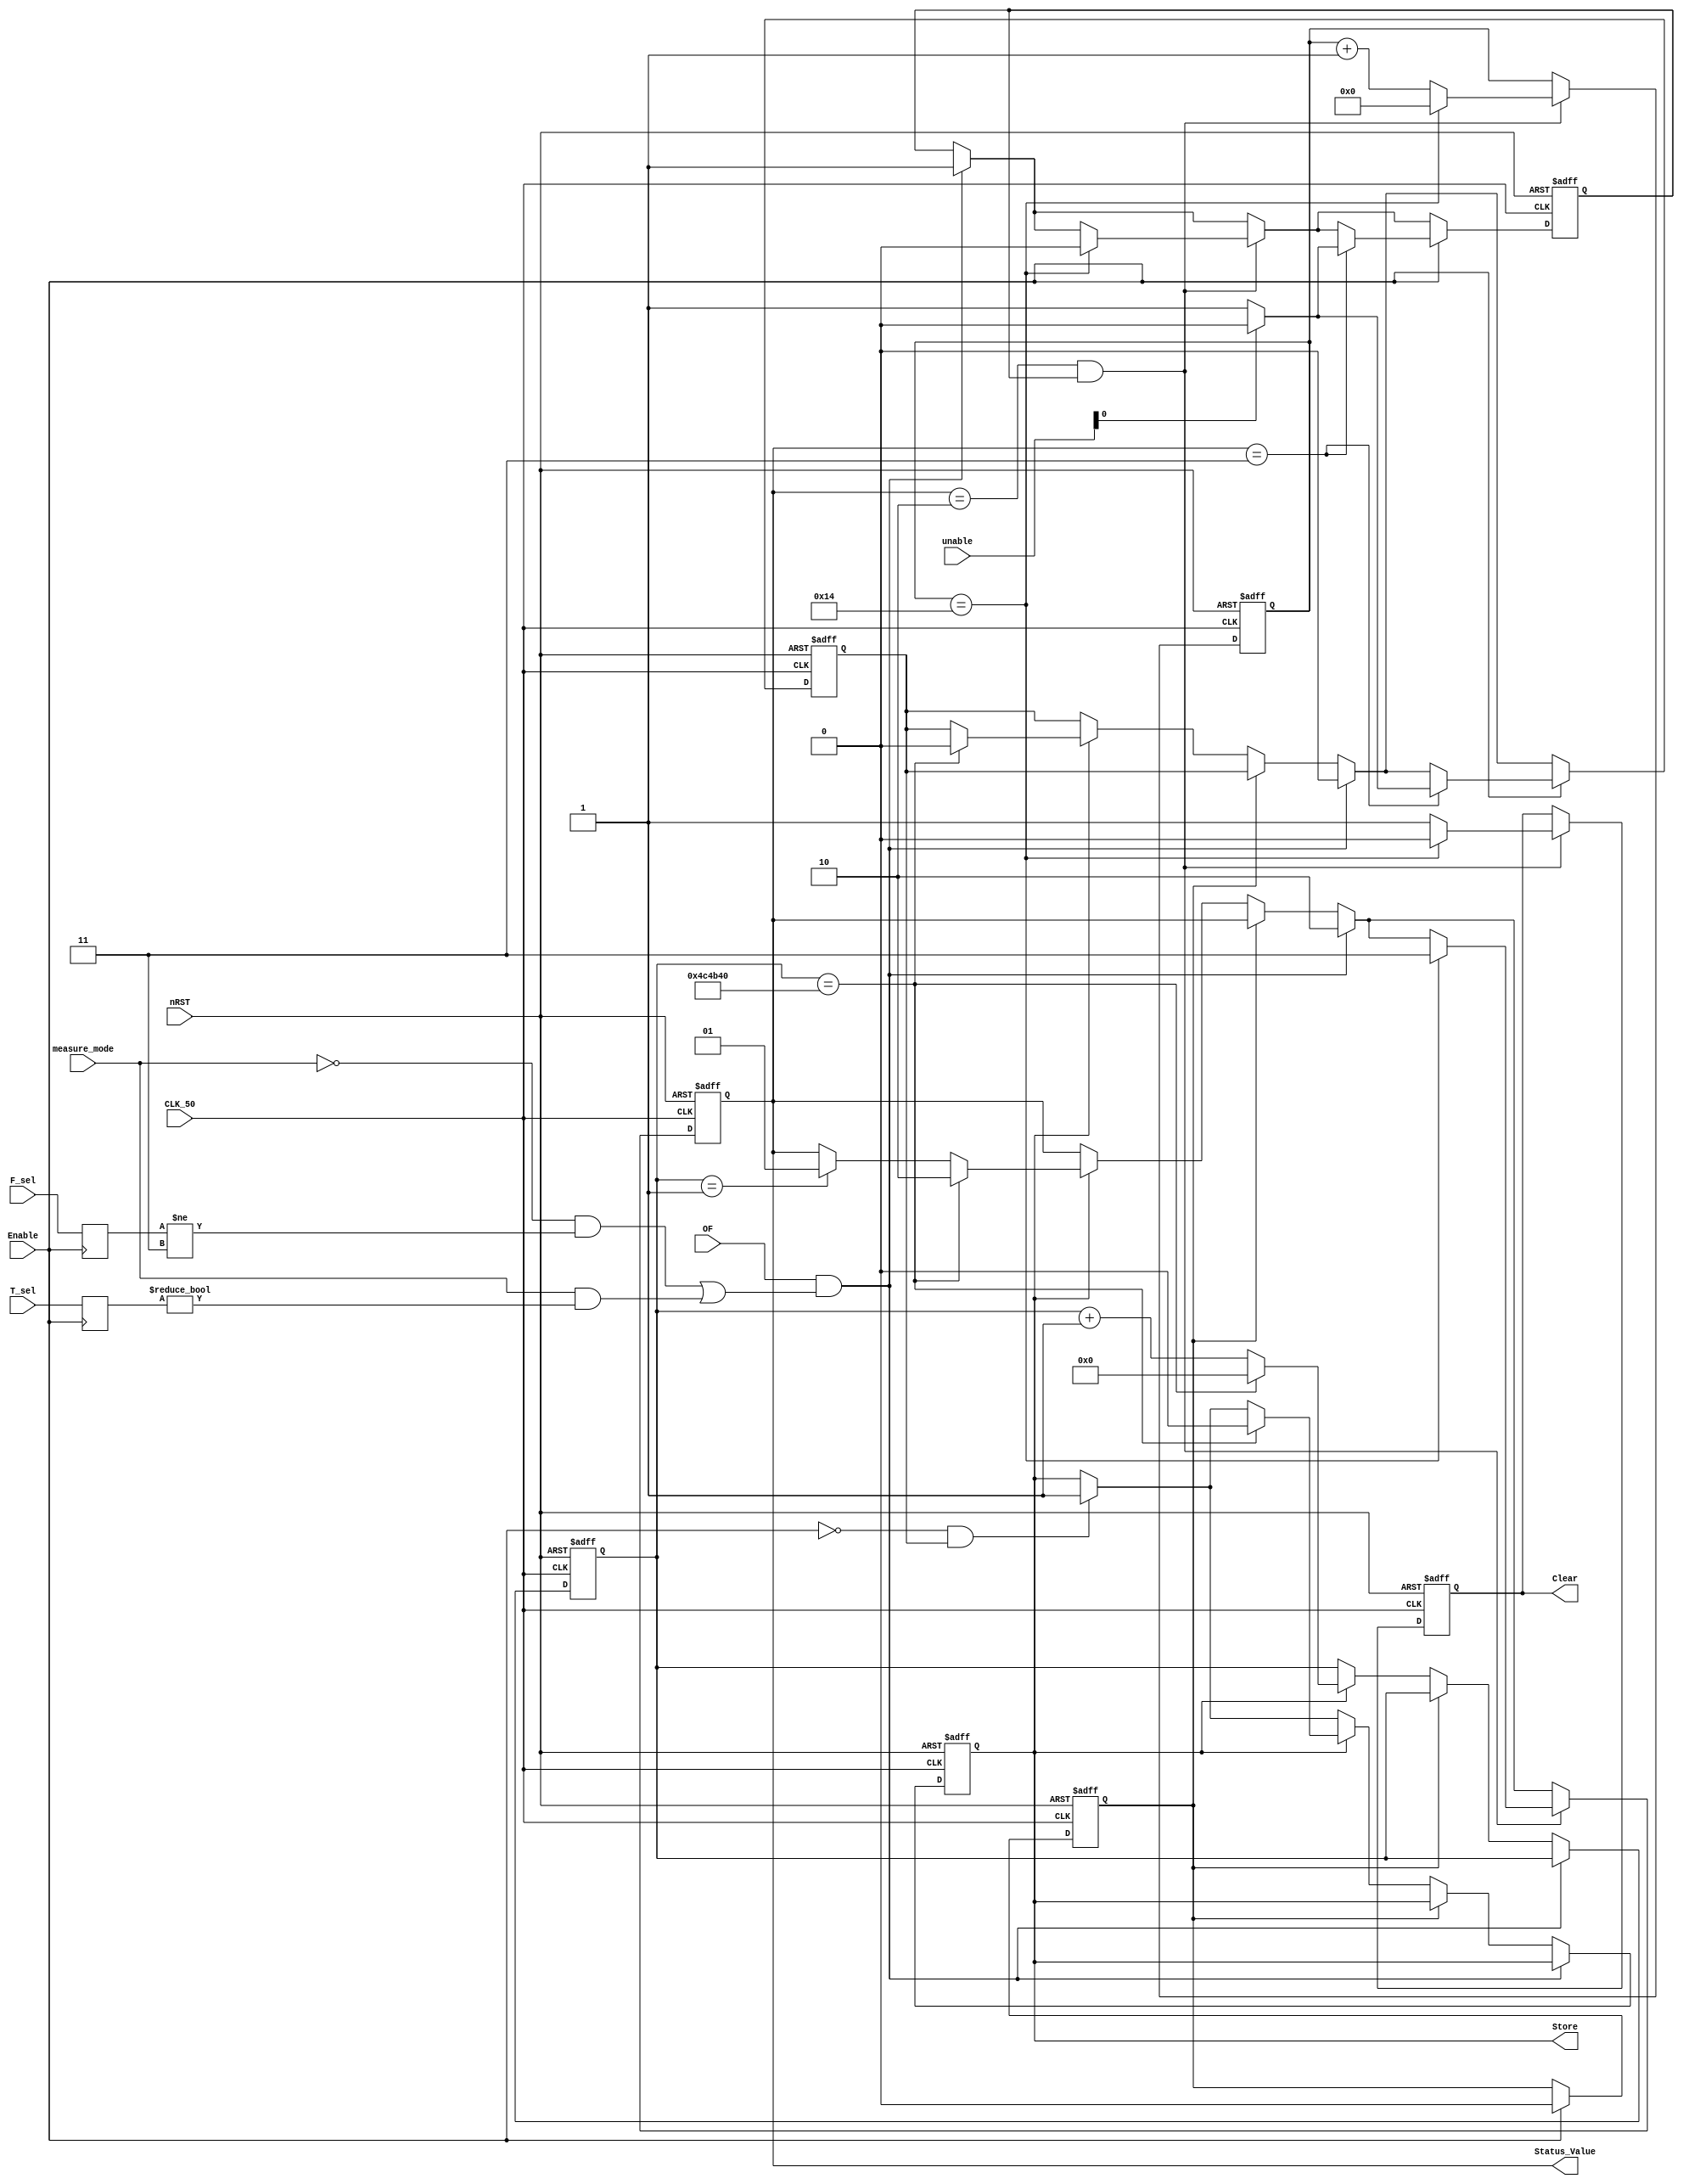
module Clear_Store(Store, Clear, Status_Value, measure_mode, Enable, OF, F_sel, T_sel, unable, nRST, CLK_50);
output reg 			Store, Clear;
//Status_Value = 1:Clear is allowed.
//Status_Value = 2:Counting is allowed.
output reg 	[1:0] 	Status_Value;
input 				measure_mode, Enable, OF, nRST, CLK_50;
input  		[1:0] 	F_sel, T_sel;
input		[4:0] 	unable;
//Clear times, used to control the width of Clear.
reg 		[7:0] 	Cltm;
//Store times, used to control the width of Store.
reg 		[23:0]	Sttm;
reg 		[1:0] 	F_sel_pre, T_sel_pre;
reg					allow_clear, allow_store;
//after nRST is active, overlook the Store and Clear for one time before Enable.
reg 				jump;
wire 				no_store;
assign no_store = OF && ((!measure_mode && F_sel_pre!=2'b11)||(measure_mode && T_sel_pre!=2'b00));

parameter store_width = 5000000;//100ms=5000000
always @(posedge Enable)
begin
	F_sel_pre <= F_sel;
	T_sel_pre <= T_sel;
end

always @(posedge CLK_50 or negedge nRST)
begin
if(!nRST)begin
		Clear <= 0;
		Store <= 0;
		Cltm <= 0;
		Sttm <= 0;
		allow_clear <= 1;
		allow_store <= 1;
		Status_Value <= 2'b11;
		jump <= 1;
	end
	else begin
		if(no_store)begin
			Status_Value <= 2'b10;
			allow_store <= 1'b0;
			allow_clear <= 1'b1;
		end
		else begin
			if(!jump)begin
				if(!Enable && allow_store) Store <= 1;
				if (Store) begin
					Sttm <= Sttm+1'b1;
					if (Sttm==1) Status_Value<=2'b01;
					if(Sttm == store_width)begin
						Store <= 0;
						Sttm <= 0;
						allow_store <= 0;
						Status_Value <= 2'b10;
					end
				end
			end
		end
		if(Status_Value == 2'b10 && allow_clear)begin
			Clear <= 1;
			Cltm <= Cltm+1'b1;
			if(Cltm == 20)begin
				Clear <= 0;
				Cltm <= 0;
				allow_clear <= 0;
				Status_Value <= 2'b11;
			end
		end
		if(Enable)begin
			jump <= 0;
			if (Status_Value == 2'b11) begin
				if (!unable[0]) begin
					allow_clear <= 1;
					allow_store <= 1;	
				end
				else begin
					allow_clear <= 0;
					allow_store <= 0;
				end	
			end
		end
	end
end
endmodule